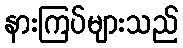
နားကြပ်များသည်